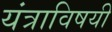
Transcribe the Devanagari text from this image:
यंत्राविषयी